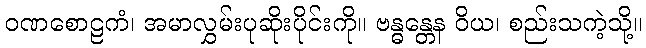
ဝဏစောဠကံ၊ အမာလွှမ်းပုဆိုးပိုင်းကို။ ဗန္ဓန္တေန ဝိယ၊ စည်းသကဲ့သို့။